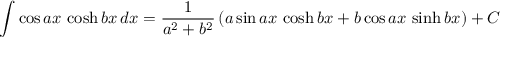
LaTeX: \int \cos a x \, \cosh b x \, d x = { \frac { 1 } { a ^ { 2 } + b ^ { 2 } } } \left( a \sin a x \, \cosh b x + b \cos a x \, \sinh b x \right) + C